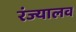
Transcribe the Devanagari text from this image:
रंज्यालव